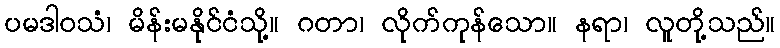
ပမဒါဝသံ၊ မိန်းမနိုင်ငံသို့။ ဂတာ၊ လိုက်ကုန်သော။ နရာ၊ လူတို့သည်။